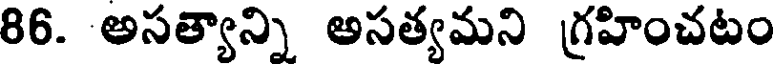
86. అసత్యాన్ని అసత్యమని గ్రహించటం